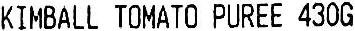
KIMBALL TOMATO PUREE 430G